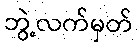
ဘွဲ့လက်မှတ်